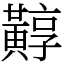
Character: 䵍